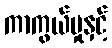
ကာကွယ်မှုနှင့်